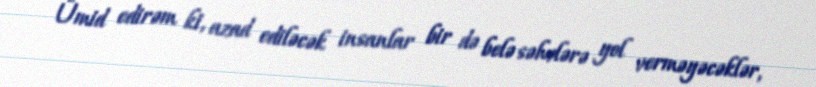
Ümid edirəm ki, azad ediləcək insanlar bir də belə səhvlərə yol verməyəcəklər,